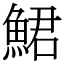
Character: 鮶